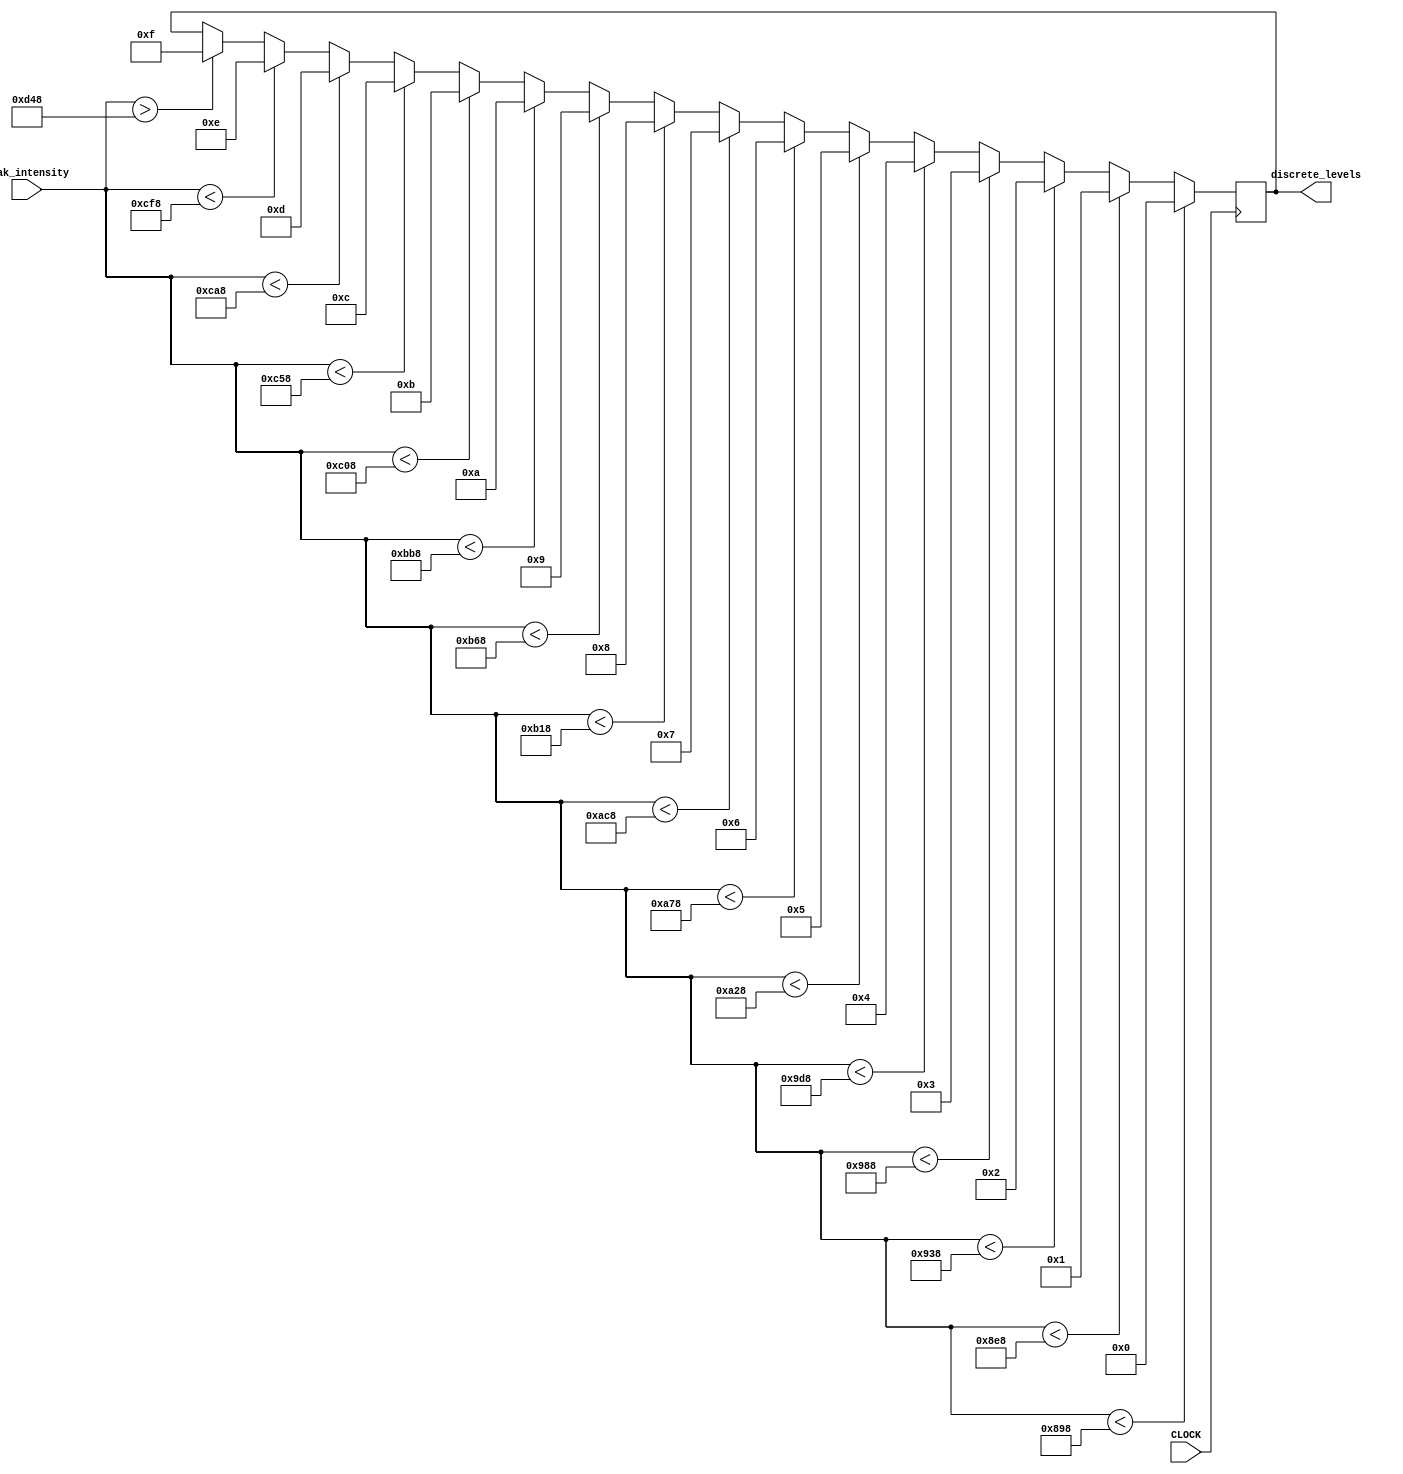
`timescale 1ns / 1ps

module miclevels(input [11:0] peak_intensity, input CLOCK, output reg [3:0] discrete_levels = 0);
	always@(posedge CLOCK) begin
	         if (peak_intensity[11:0] < 12'd2200) begin // Case0
	         discrete_levels <= 0;
              end
            else if (peak_intensity[11:0] < 12'd2280) begin  // Case1
	         discrete_levels <= 1;     
               end
            else if (peak_intensity[11:0] < 12'd2360) begin  // Case2
              discrete_levels <= 2;
               end
            else if (peak_intensity[11:0] < 12'd2440) begin  // Case3
              discrete_levels <= 3;
               end
               
            else if (peak_intensity[11:0] < 12'd2520) begin  // Case4
              discrete_levels <= 4;
               end
            else if (peak_intensity[11:0] < 12'd2600) begin  // Case5
              discrete_levels <= 5;
               end                         
            else if (peak_intensity[11:0] < 12'd2680) begin  // Case6
              discrete_levels <= 6;
               end  
               
            else if (peak_intensity[11:0] < 12'd2760) begin  // Case7
              discrete_levels <= 7;
               end      
                                                                                                            
            else if (peak_intensity[11:0] < 12'd2840) begin  // Case8
             discrete_levels <= 8;
    
               end  
            else if (peak_intensity[11:0] < 12'd2920) begin  // Case9
              discrete_levels <= 9;
    
              end  
            else if (peak_intensity[11:0] < 12'd3000) begin  // Case10
              discrete_levels <= 10;
    
              end  
               
            else if (peak_intensity[11:0] < 12'd3080) begin  // Case11
              discrete_levels <= 11;
    
              end
            else if (peak_intensity[11:0] < 12'd3160) begin// Case12
              discrete_levels <= 12;
    
              end 
            else if (peak_intensity[11:0] < 12'd3240) begin// Case13
              discrete_levels <= 13;
    
              end 
            else if (peak_intensity[11:0] < 12'd3320) begin// Case14
              discrete_levels <= 14;
    
              end                   
            else if (peak_intensity[11:0] > 12'd3400) begin// Case15
              discrete_levels <= 15;
              end                 
	end

endmodule